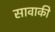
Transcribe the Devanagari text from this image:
सावाकी